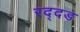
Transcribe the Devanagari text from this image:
रद्दड